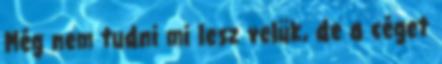
Még nem tudni mi lesz velük, de a céget